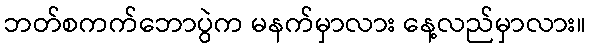
ဘတ်စကက်ဘောပွဲက မနက်မှာလား နေ့လည်မှာလား။